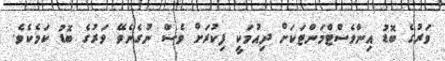
ވަރުގެ ބޮޑު އިންވެސްޓްމަންޓަކަށް ދިއުމަކީ ފިކުރަށް ވެސް ނުގެނެވޭ ވަރުގެ ބޮޑު ކަމެކެވެ.